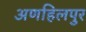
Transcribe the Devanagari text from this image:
अणहिलपुर